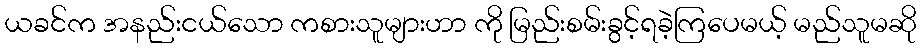
ယခင်က အနည်းငယ်သော ကစားသူများဟာ ကို မြည်းစမ်းခွင့်ရခဲ့ကြပေမယ့် မည်သူမဆို